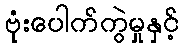
ဗုံးပေါက်ကွဲမှုနှင့်